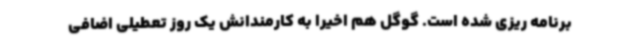
برنامه ریزی شده است. گوگل هم اخیرا به کارمندانش یک روز تعطیلی اضافی